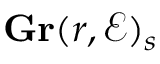
\mathbf { G r } ( r , { \mathcal { E } } ) _ { s }